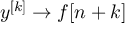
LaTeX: y ^ { [ k ] } \to f [ n + k ]